Reports on dispensaries and lunatic asylums in the Province of Oudh - 1869-1876
Year: 1869
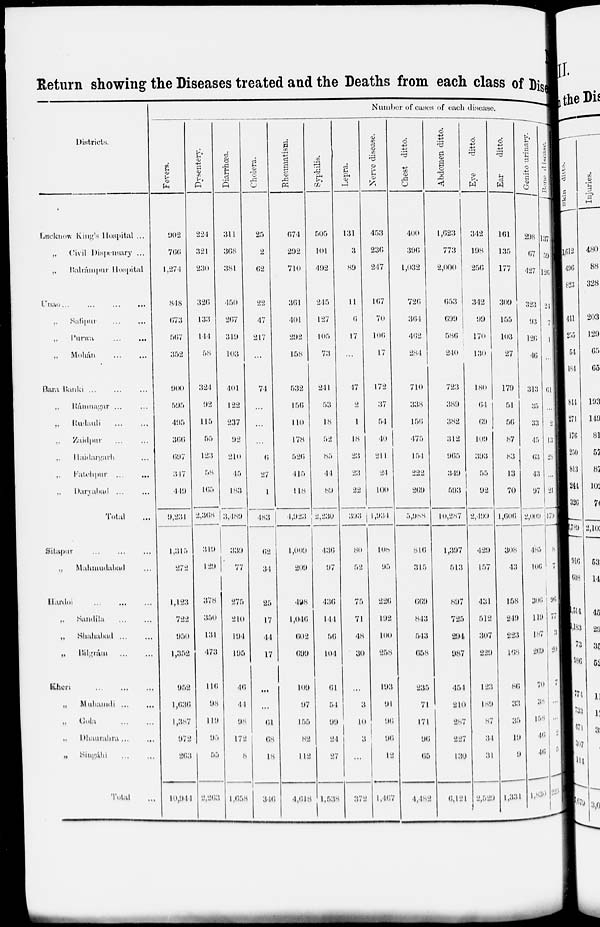
Return showing the Diseases treated and the Deaths from each class of Disease.
Districts.
Lucknow King's Hospital ...
„
Civil Dispensary ...
„
Balrámpur
Hospital
Unao ...
...
...
...
„
Safipur ... ...
„
Purwa
...
...
„
Mohán
...
...
Bara Banki ... ... ...
„ Rámnagar ... ...
„ Rudauli ... ...
„ Zaidpur ... ...
„ Haidargarh ...
„ Fatehpur .. ...
„ Daryabad ... ...
Total ...
Sitapur ... ... ...
„
Mahmudabad ...
Hardoi ... ... ...
„ Sandíla ... ...
„ Shahabad ... ...
„ Bilgrám ... ...
Kheri
...
...
...
„
Muhamdi ... ...
„ Gola ... ...
„ Dhaurahra ... ...
„
Singáhi ... ...
Total ...
Number of cases of each disease.
Fevers.
902
766
1,274
848
673
567
352
900
595
495
366
697
317
449
9,231
1,315
272
1,123
722
950
1,352
952
1,636
1,387
972
263
10,941
Dysentery.
224
321
230
326
133
144
58
324
92
115
55
123
58
165
2,368
319
129
378
350
131
473
116
98
119
95
55
2,263
Diarrhœa.
311
368
381
450
267
319
103
401
122
237
92
210
45
183
3,489
339
77
275
210
194
195
46
41
98
172
8
1,658
Cholera.
25
2
62
22
47
217
...
74
...
...
...
6
27
1
483
62
34
25
17
44
17
...
...
61
68
18
346
Rheumatism.
674
292
710
361
401
292
158
532
156
110
178
526
415
118
4,923
1,009
209
498
1,046
602
699
109
97
155
82
112
4,618
Syphilis.
505
101
492
245
127
105
73
241
53
18
52
85
44
89
2,230
436
97
436
141
56
104
61
54
99
24
27
1,538
Lepra.
131
3
89
11
6
17
...
17
2
1
18
23
23
22
393
80
52
75
71
48
30
...
3
10
3
...
372
Nerve disease.
453
236
247
167
70
106
17
172
37
54
40
211
24
100
1,934
108
95
226
192
100
258
193
94
96
96
12
1,467
Chest ditto.
400
396
1,032
726
364
462
284
710
338
156
475
154
222
269
5,988
816
315
669
843
543
658
235
71
171
96
65
4,482
Abdomen ditto.
1,623
773
2,000
653
699
586
240
723
389
382
312
965
349
593
10,287
1,397
513
897
725
294
987
454
210
287
227
130
6,121
Eye
ditto.
342
198
256
342
99
170
130
180
64
69
109
393
55
92
2,499
429
157
431
512
307
229
123
189
87
31
31
2,529
Ear
ditto.
161
135
177
309
155
103
27
179
51
56
87
83
13
70
1,606
308
43
158
249
223
168
86
33
35
19
9
1,331
Genito urinary.
298
67
427
323
93
126
46
313
35
33
45
63
43
97
2,009
485
l06
306
119
187
269
70
38
158
46
46
1,830
Bone
disease.
137
59
126
24
7
1
...
61
...
2
13
28
...
21
479
8
7
96
77
3
20
7
...
...
2
5
225